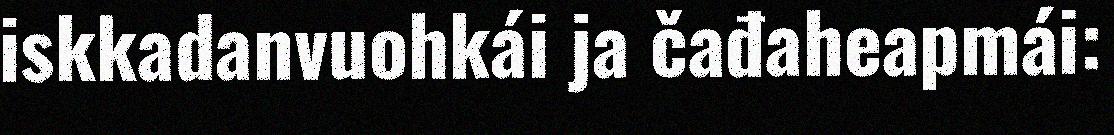
iskkadanvuohkái ja čađaheapmái: